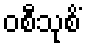
ဝစီသုစိံ